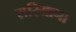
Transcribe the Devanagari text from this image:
सरियाना